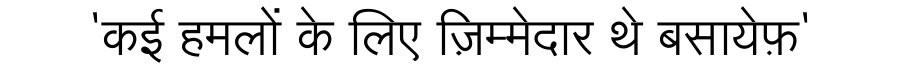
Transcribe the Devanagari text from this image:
'कई हमलों के लिए ज़िम्मेदार थे बसायेफ़'